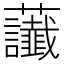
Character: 𧆂